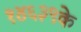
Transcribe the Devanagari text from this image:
१४६३९के